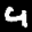
Label: 4